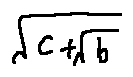
\sqrt { c + \sqrt { b } }